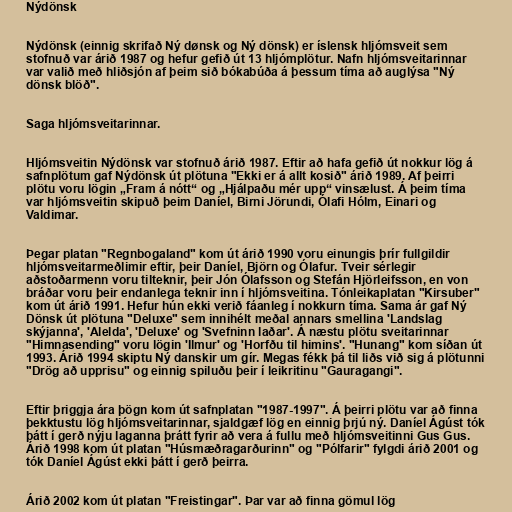
Nýdönsk

Nýdönsk (einnig skrifað Ný dønsk og Ný dönsk) er íslensk hljómsveit sem
stofnuð var árið 1987 og hefur gefið út 13 hljómplötur. Nafn hljómsveitarinnar
var valið með hliðsjón af þeim sið bókabúða á þessum tíma að auglýsa "Ný
dönsk blöð".

Saga hljómsveitarinnar.

Hljómsveitin Nýdönsk var stofnuð árið 1987. Eftir að hafa gefið út nokkur lög á
safnplötum gaf Nýdönsk út plötuna "Ekki er á allt kosið" árið 1989. Af þeirri
plötu voru lögin „Fram á nótt“ og „Hjálpaðu mér upp“ vinsælust. Á þeim tíma
var hljómsveitin skipuð þeim Daníel, Birni Jörundi, Ólafi Hólm, Einari og
Valdimar.

Þegar platan "Regnbogaland" kom út árið 1990 voru einungis þrír fullgildir
hljómsveitarmeðlimir eftir, þeir Daníel, Björn og Ólafur. Tveir sérlegir
aðstoðarmenn voru tilteknir, þeir Jón Ólafsson og Stefán Hjörleifsson, en von
bráðar voru þeir endanlega teknir inn í hljómsveitina. Tónleikaplatan "Kirsuber"
kom út árið 1991. Hefur hún ekki verið fáanleg í nokkurn tíma. Sama ár gaf Ný
Dönsk út plötuna "Deluxe" sem innihélt meðal annars smellina 'Landslag
skýjanna', 'Alelda', 'Deluxe' og 'Svefninn laðar'. Á næstu plötu sveitarinnar
"Himnasending" voru lögin 'Ilmur' og 'Horfðu til himins'. "Hunang" kom síðan út
1993. Árið 1994 skiptu Ný danskir um gír. Megas fékk þá til liðs við sig á plötunni
"Drög að upprisu" og einnig spiluðu þeir í leikritinu "Gauragangi".

Eftir þriggja ára þögn kom út safnplatan "1987-1997". Á þeirri plötu var að finna
þekktustu lög hljómsveitarinnar, sjaldgæf lög en einnig þrjú ný. Daníel Ágúst tók
þátt í gerð nýju laganna þrátt fyrir að vera á fullu með hljómsveitinni Gus Gus.
Árið 1998 kom út platan "Húsmæðragarðurinn" og "Pólfarir" fylgdi árið 2001 og
tók Daníel Ágúst ekki þátt í gerð þeirra.

Árið 2002 kom út platan "Freistingar". Þar var að finna gömul lög